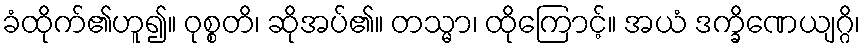
ခံထိုက်၏ဟူ၍။ ဝုစ္စတိ၊ ဆိုအပ်၏။ တသ္မာ၊ ထိုကြောင့်။ အယံ ဒက္ခိဏေယျဂ္ဂိ၊